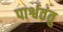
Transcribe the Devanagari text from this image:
पार्श्वतंतु